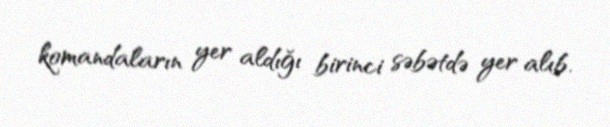
komandaların yer aldığı birinci səbətdə yer alıb.